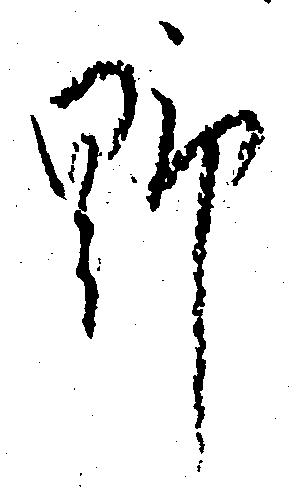
野